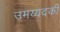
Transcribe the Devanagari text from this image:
उमय्यदकी